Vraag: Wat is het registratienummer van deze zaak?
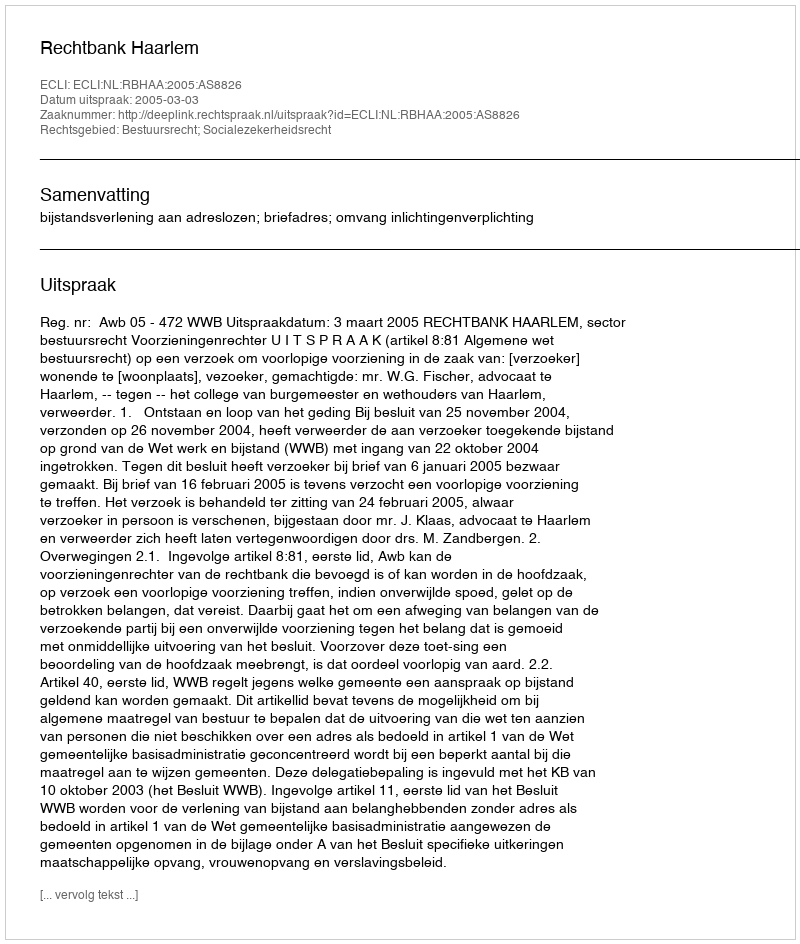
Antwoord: http://deeplink.rechtspraak.nl/uitspraak?id=ECLI:NL:RBHAA:2005:AS8826